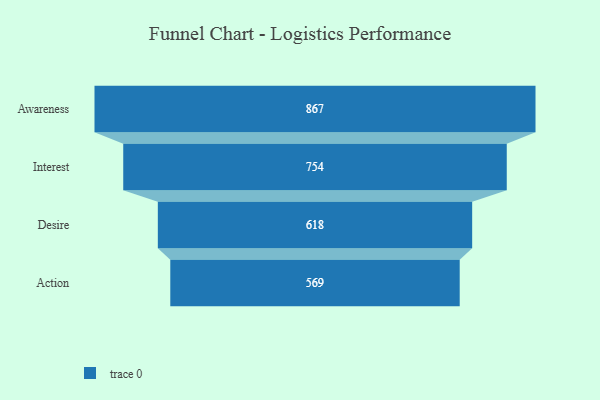
{"axis": {"x": "Stage", "y": "Value"}, "legend": [""], "data": [{"x": "Awareness", "y": 867.0, "type": ""}, {"x": "Interest", "y": 754.0, "type": ""}, {"x": "Desire", "y": 618.0, "type": ""}, {"x": "Action", "y": 569.0, "type": ""}]}